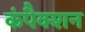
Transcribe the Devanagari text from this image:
कंपैक्शन